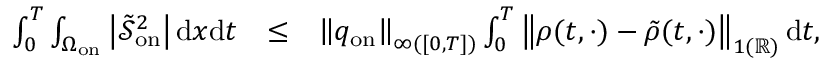
\begin{array} { r l r } { \int _ { 0 } ^ { T } \int _ { \Omega _ { \mathrm { o n } } } \left| \tilde { \mathcal { S } } _ { \mathrm { o n } } ^ { 2 } \right| \mathrm { d } x \mathrm { d } t } & { \leq } & { { \left\| q _ { \mathrm { o n } } \right\| _ { \L { \infty } ( [ 0 , T ] ) } } \int _ { 0 } ^ { T } \left\| \rho ( t , \cdot ) - \tilde { \rho } ( t , \cdot ) \right\| _ { \L { 1 } ( \mathbb { R } ) } \mathrm { d } t , } \end{array}